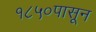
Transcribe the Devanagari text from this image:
१८५०पासून